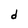
Character: d